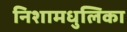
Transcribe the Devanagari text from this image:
निशामधुलिका